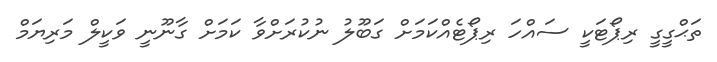
ތަޙްގީގީ ރިޕޯޓަކީ ސައްހަ ރިޕޯޓެއްކަމަށް ގަބޫލު ނުކުރަށްވާ ކަމަށް ގާނޫނީ ވަކީލް މަރިޔަމް